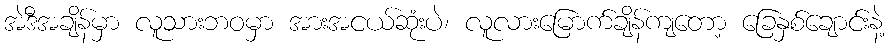
အဲဒီအချိန်မှာ လူသားဘဝမှာ အားအငယ်ဆုံးပဲ၊ လူလားမြောက်ချိန်ကျတော့ ခြေနှစ်ချောင်းနဲ့